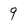
Character: 9